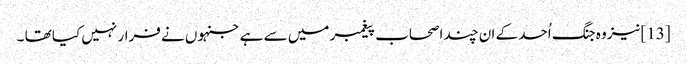
[13]نیز وہ جنگ اُحد کے ان چند اصحاب پیغمبر میں سے ہے جنہوں نے فرار نہیں کیا تھا ۔